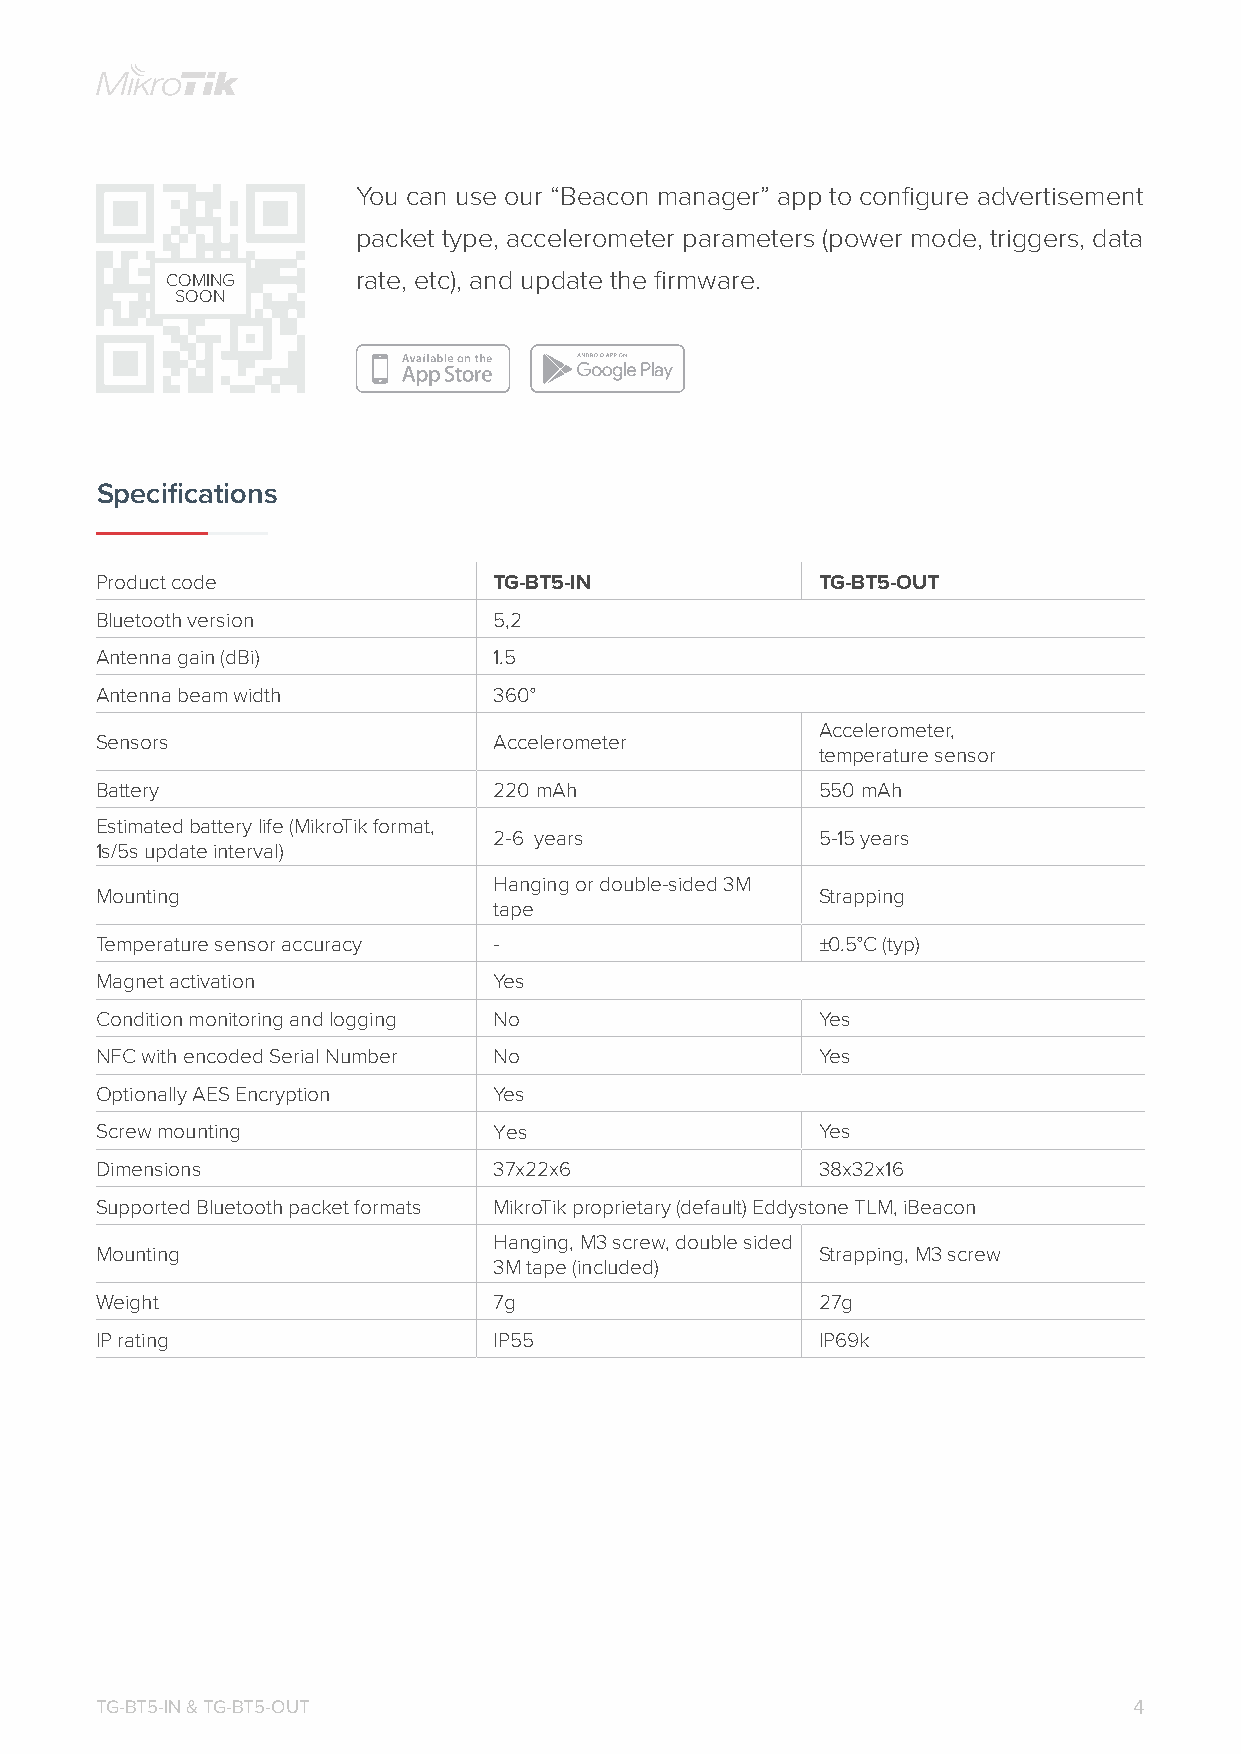
You can use our “Beacon manager” app to configure advertisement
 packet type, accelerometer parameters (power mode, triggers, data
 COMING       rate, etc), and update the firmware.
 SOON
 Specifications
 Product code               TG-BT5-IN            TG-BT5-OUT
 Bluetooth version          5,2
 Antenna gain (dBi)         1.5
 Antenna beam width         360°
 Accelerometer,
 Sensors                    Accelerometer
 temperature sensor
 Battery                    220 mAh              550 mAh
 Estimated battery life (MikroTik format,
 2-6 years            5-15 years
 1s/5s update interval)
 Hanging or double-sided 3M
 Mounting                                        Strapping
 tape
 Temperature sensor accuracy -                   ±0.5°C (typ)
 Magnet activation          Yes
 Condition monitoring and logging No             Yes
 NFC with encoded Serial Number No               Yes
 Optionally AES Encryption  Yes
 Screw mounting             Yes                  Yes
 Dimensions                 37x22x6              38x32x16
 Supported Bluetooth packet formats MikroTik proprietary (default) Eddystone TLM, iBeacon
 Hanging, M3 screw, double sided
 Mounting                                        Strapping, M3 screw
 3M tape (included)
 Weight                     7g                   27g
 IP rating                  IP55                 IP69k
 TG-BT5-IN & TG-BT5-OUT                                               4